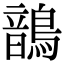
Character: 鶕